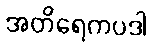
အတိရေကပဒါ